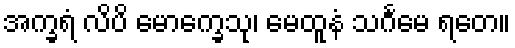
အက္ခရံ လိပိ မောက္ခေသု၊ မေထူနံ သင်္ဂမေ ရတေ။